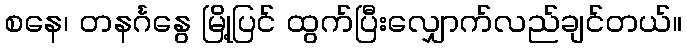
စနေ၊ တနင်္ဂနွေ မြို့ပြင် ထွက်ပြီးလျှောက်လည်ချင်တယ်။